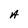
Character: A